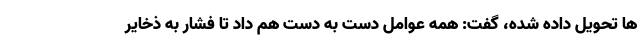
ها تحویل داده شده، گفت: همه عوامل دست به دست هم داد تا فشار به ذخایر